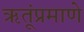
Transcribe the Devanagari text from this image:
ऋतूंप्रमाणे